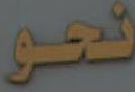
نحو